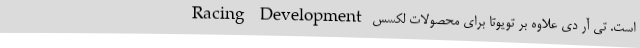
Racing Development است. تی آر دی علاوه بر تویوتا برای محصولات لکسس